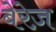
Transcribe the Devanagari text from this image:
बेरेज़